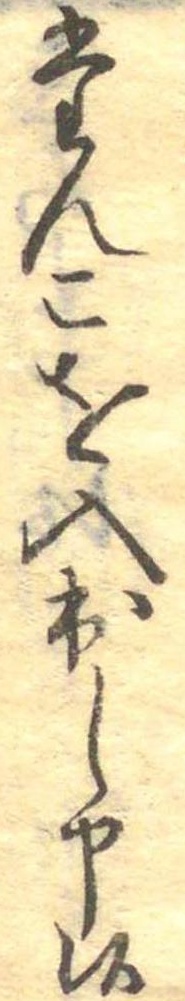
たんこを入出し申候